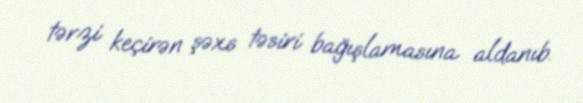
tərzi keçirən şəxs təsiri bağışlamasına aldanıb.